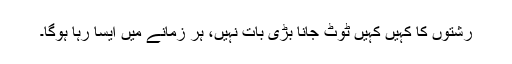
رشتوں کا کہیں کہیں ٹوٹ جانا بڑی بات نہیں، ہر زمانے میں ایسا رہا ہوگا۔